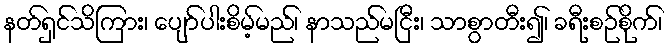
နတ်ရှင်သိကြား၊ ပျော်ပါးစိမ့်မည်၊ နာသည်မငြီး၊ သာစွာတီး၍၊ ခရီးစဉ်စိုက်၊